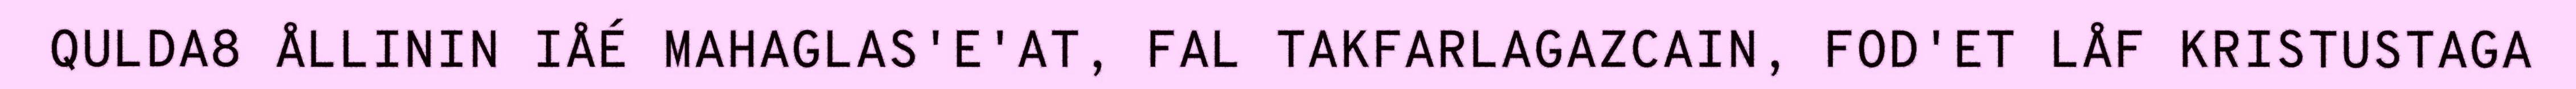
QULDA8 ÅLLININ IÅÉ MAHAGLAS'E'AT, FAL TAKFARLAGAZCAIN, FOD'ET LÅF KRISTUSTAGA